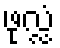
ဖုလ္လံ